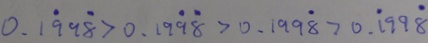
0 . 1 \dot { 9 } 9 \dot { 8 } > 0 . 1 9 \dot { 9 } \dot { 8 } > 0 . 1 9 9 \dot { 8 } > 0 . \dot { 1 } 9 9 \dot { 8 }